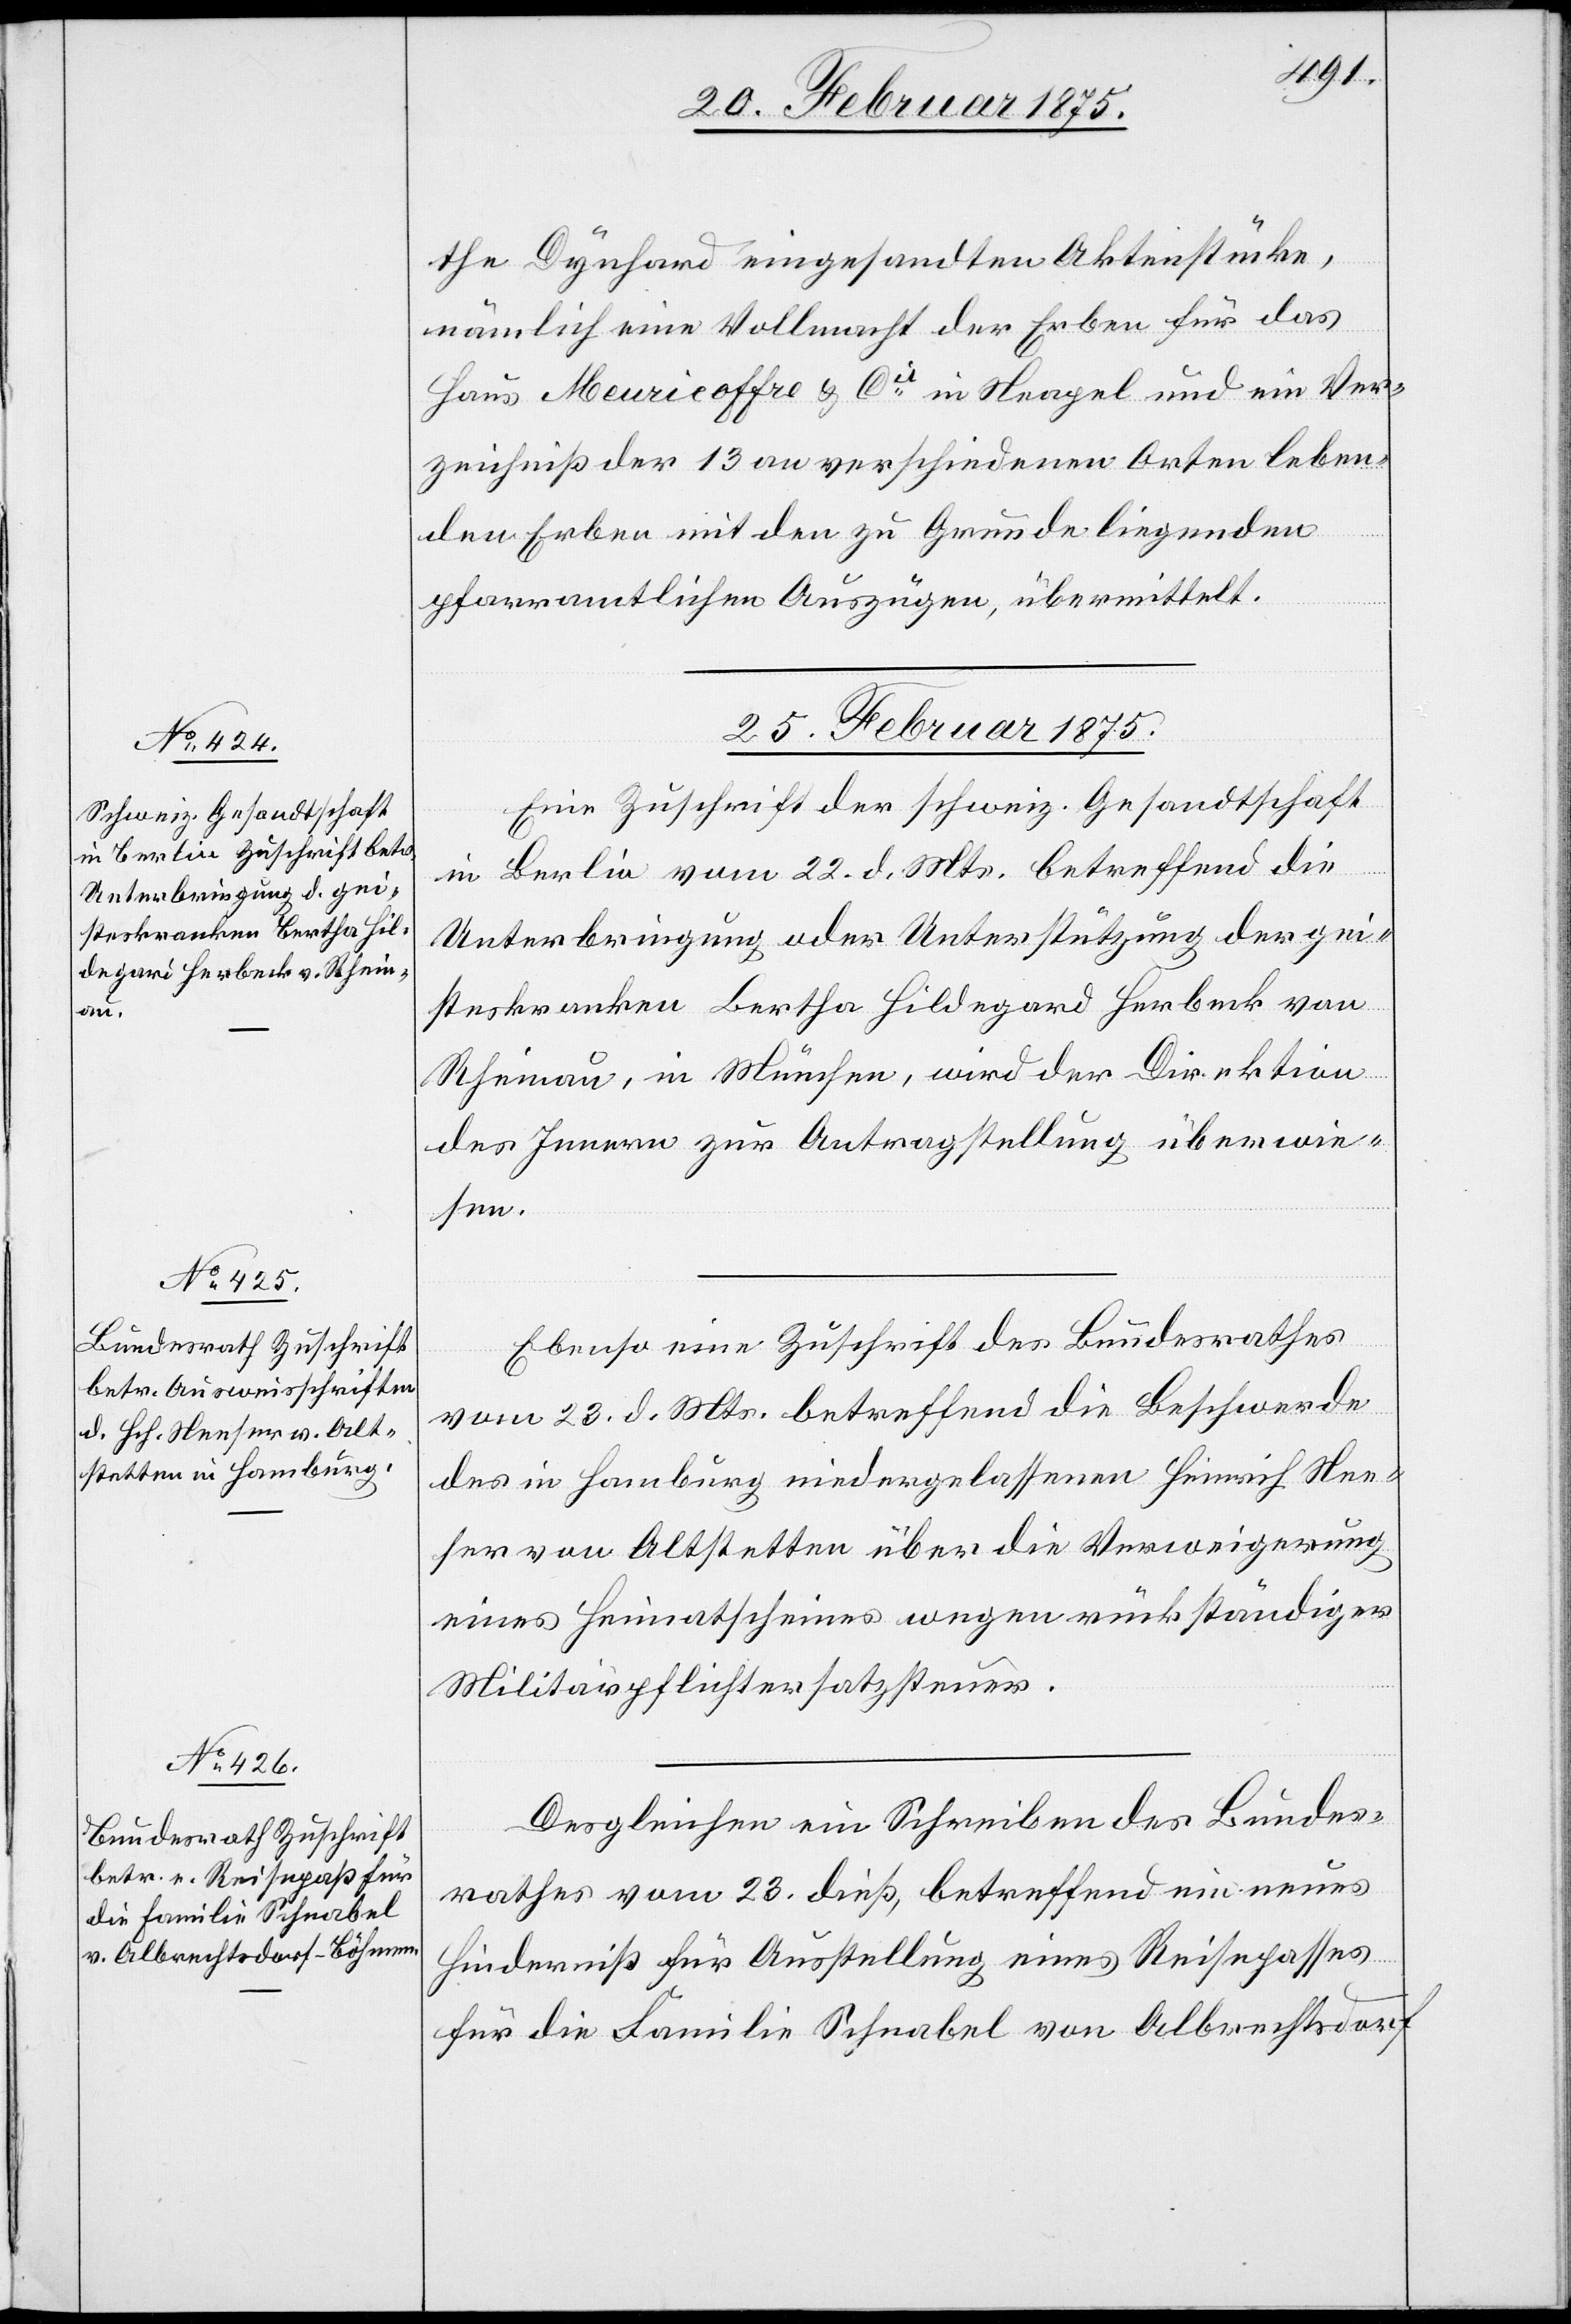
the Dynhard eingesandten Aktenstücke,
nämlich eine Vollmacht der Erben für das
Haus Meuricoffre & Cie in Neapel und ein Ver¬
zeichniß der 13 an verschiedenen Orten leben¬
den Erben mit den zu Grunde liegenden
pfarramtlichen Auszügen, übermittelt.
25. Februar 1875.]
Eine Zuschrift der schweiz. Gesandtschaft
in Berlin vom 22. d. Mts. betreffend die
Unterbringung oder Unterstützung der gei¬
steskranken Bertha Hildegard Herbeck von
Rheinau, in München, wird der Direktion
des Innern zur Antragstellung überwie¬
sen.
Ebenso eine Zuschrift des Bundesrathes
vom 23. d. Mts. betreffend die Beschwerde
des in Hamburg niedergelassenen Heinrich Nee¬
ser von Altstetten über die Verweigerung
eines Heimatscheines wegen rückständiger
Militärpflichtersatzsteuer.
Desgleichen ein Schreiben des Bundes¬
rathes vom 23. dieß, betreffend ein neues
Hinderniß für Ausstellung eines Reisepasses
für die Familie Schnabel von Albrechtsdorf